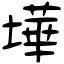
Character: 墷